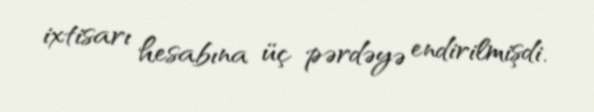
ixtisarı hesabına üç pərdəyə endirilmişdi.